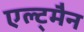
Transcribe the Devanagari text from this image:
एल्ट्मैन